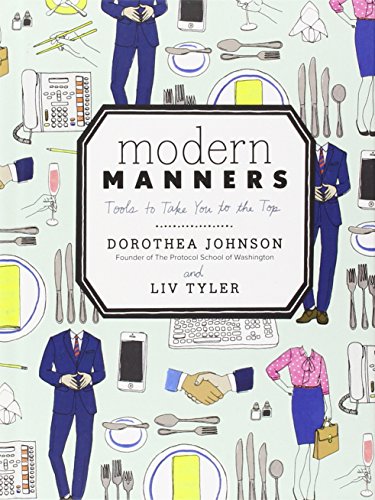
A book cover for Modern Manners: Tools to Take You to the Top; Dorothea Johnson; Business & Money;